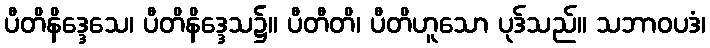
ပီတိနိဒ္ဒေသေ၊ ပီတိနိဒ္ဒေသ၌။ ပီတီတိ၊ ပီတိဟူသော ပုဒ်သည်။ သဘာဝပဒံ၊